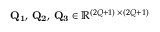
\mathbf { Q _ { 1 } } , \, \mathbf { Q _ { 2 } } , \, \mathbf { Q _ { 3 } } \in \mathbb { R } ^ { ( 2 Q + 1 ) \, \times \, ( 2 Q + 1 ) }